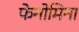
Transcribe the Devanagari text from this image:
फेनोमिना